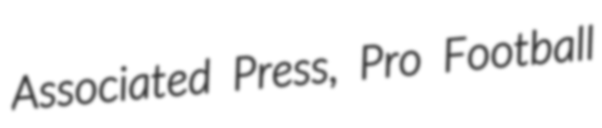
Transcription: Associated Press, Pro Football